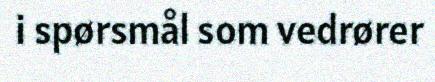
i spørsmål som vedrører